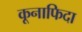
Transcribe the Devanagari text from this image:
कूनाफिदा